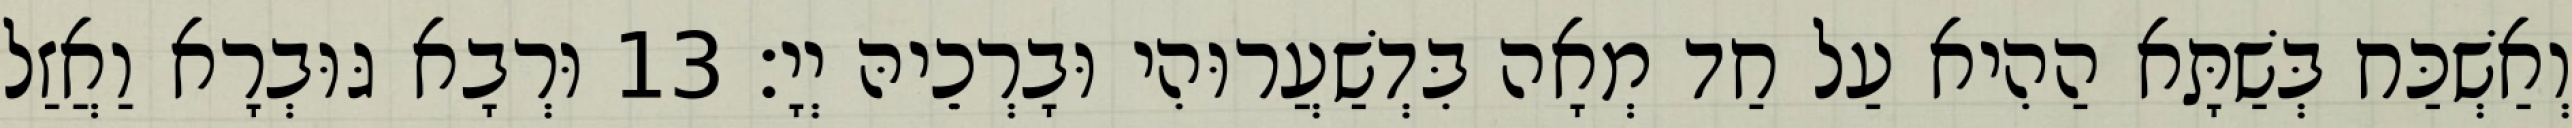
וְאַשְׁכַּח בְּשַׁתָּא הַהִיא עַל חַד מְאָה בִּדְשַׁעֲרוּהִי וּבָרְכֵיהּ יְיָ׃ 13 וּרְבָא גּוּבְרָא וַאֲזַל